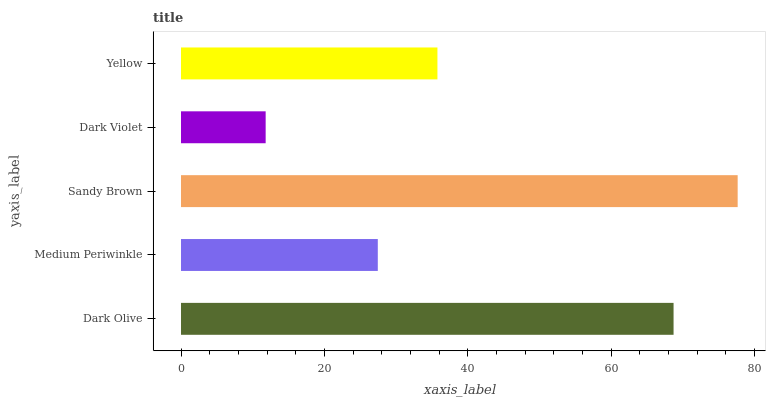
| yaxis_label | bars |
 | --- | --- |
 | Dark Olive | 68.7 |
 | Medium Periwinkle | 27.5 |
 | Sandy Brown | 77.7 |
 | Dark Violet | 11.8 |
 | Yellow | 35.8 |